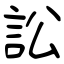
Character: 訟